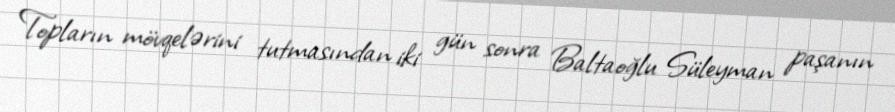
Topların mövqelərini tutmasından iki gün sonra Baltaoğlu Süleyman paşanın